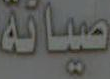
صيانة